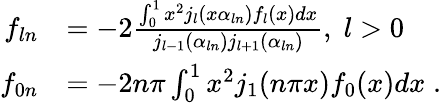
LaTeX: \begin{array}{rl}{f_{ln}}&{=-2\frac{\int_{0}^{1}x^{2}j_{l}(x\alpha_{ln})f_{l}(x)dx}{j_{l-1}(\alpha_{ln})j_{l+1}(\alpha_{ln})},\; l>0}\\ {f_{0n}}&{=-2n\pi\int_{0}^{1}x^{2}j_{1}(n\pi x)f_{0}(x)dx\; .}\end{array}